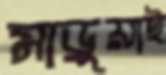
মাড়ুয়াই